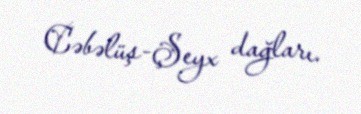
Cəbəlüş-Şeyx dağları.